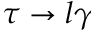
\tau \to l \gamma